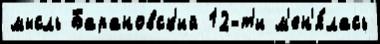
мысль Барановск'ий 12-т'и м'ен'я́лась